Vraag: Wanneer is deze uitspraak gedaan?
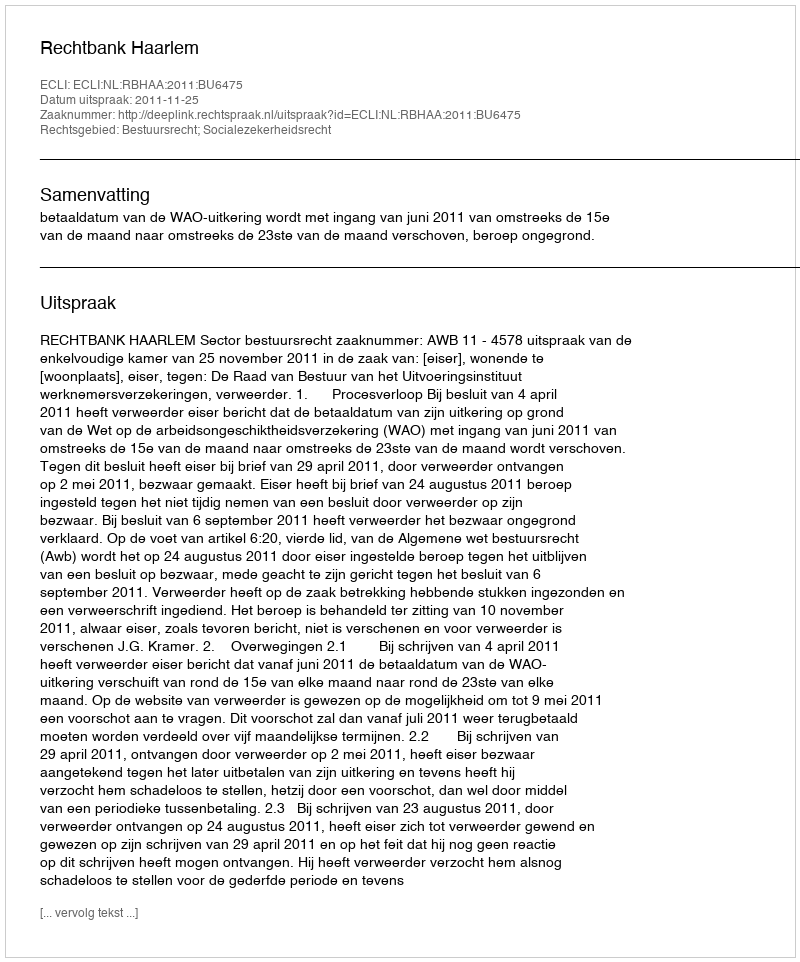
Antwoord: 2011-11-25